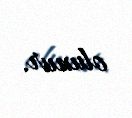
olunur.